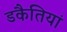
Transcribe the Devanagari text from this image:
डकैतियां